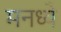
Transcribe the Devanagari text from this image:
मनध्ये